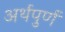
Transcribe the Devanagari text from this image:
अर्थपुर्ण